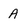
Character: A